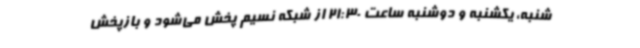
شنبه، یکشنبه و دوشنبه ساعت 21:30 از شبکه نسیم پخش می‌شود و بازپخش